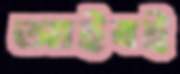
আইবই